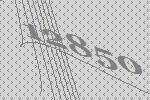
12850